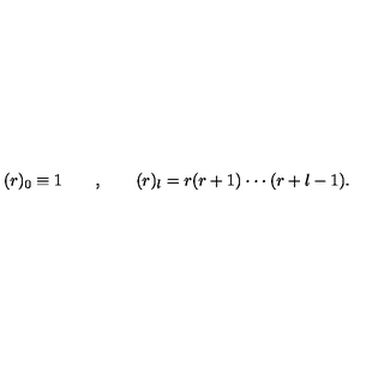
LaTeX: ( r ) _ { 0 } \equiv 1 \qquad , \qquad ( r ) _ { l } = r ( r + 1 ) \cdot \cdot \cdot ( r + l - 1 ) .